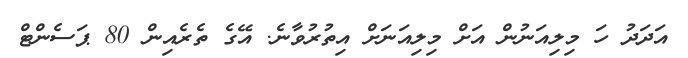
އަދަދު ހަ މިލިއަނުން އަށް މިލިއަނަށް އިތުރުވާނެ. އޭގެ ތެރެއިން 80 ޕަސެންޓް